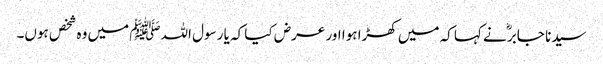
سیدنا جابرؓ نے کہا کہ میں کھڑا ہوا اور عرض کیا کہ یا رسول اللہﷺ میں وہ شخص ہوں۔